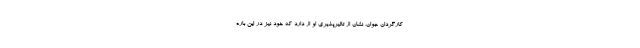
کارگردان جوان، نشان از تاثیرپذیری او از دارد که خود نیز در این باره